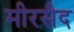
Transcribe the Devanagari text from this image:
मीरसैद